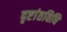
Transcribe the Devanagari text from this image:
दृष्टांतविधि